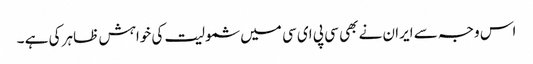
اس وجہ سے ایران نے بھی سی پی ای سی میں شمولیت کی خواہش ظاہر کی ہے ۔